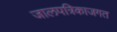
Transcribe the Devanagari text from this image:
जालपत्रिकाजगत